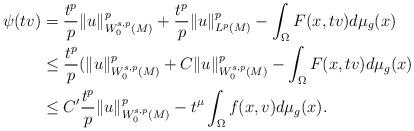
LaTeX: \begin{align*} \psi(tv)&=\frac{t^{p}}{p} \|u\|^p_{W_{0}^{s,p}(M)}+ \frac{t^{p}}{p} \|u\|^{p}_{L^{p}(M)}- \int_{\Omega }F(x,tv)d\mu _ g(x) \\ & \leq \frac{t^{p}}{p} (\|u\|^p_{W_0^{s,p}(M)}+C \|u\|^p_{W_0^{s,p}(M)}-\int_{\Omega}F(x,tv)d\mu _ g(x)\\ & \leq C' \frac{t^{p}}{p} \|u\|^p_{W_0^{s,p}(M)}-t^{\mu}\int_{\Omega }f(x,v)d\mu _ g(x). \end{align*}